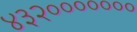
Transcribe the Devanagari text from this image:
४३२०००००००